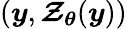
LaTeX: (\boldsymbol{y},\boldsymbol{\mathcal{Z}}_{\boldsymbol{\theta}}(\boldsymbol{y}))